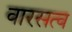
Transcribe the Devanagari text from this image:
वारसत्व